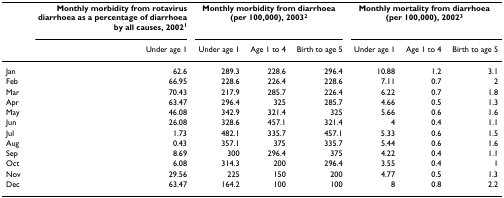
|  | Monthly morbidity from rotavirus diarrhoea as a percentage of diarrhoea by all causes, 20021 | <COLSPAN=3> Monthly morbidity from diarrhoea (per 100,000), 20032 | <COLSPAN=3> Monthly mortality from diarrhoea (per 100,000), 20023 |
 |  | Under age 1 | Under age 1 | Age 1 to 4 | Birth to age 5 | Under age 1 | Age 1 to 4 | Birth to age 5 |
 | --- | --- | --- | --- | --- | --- | --- | --- |
 | Jan | 62.6 | 289.3 | 228.6 | 296.4 | 10.88 | 1.2 | 3.1 |
 | Feb | 66.95 | 228.6 | 226.4 | 228.6 | 7.11 | 0.7 | 2 |
 | Mar | 70.43 | 217.9 | 285.7 | 226.4 | 6.22 | 0.7 | 1.8 |
 | Apr | 63.47 | 296.4 | 325 | 285.7 | 4.66 | 0.5 | 1.3 |
 | May | 46.08 | 342.9 | 321.4 | 325 | 5.66 | 0.6 | 1.6 |
 | Jun | 26.08 | 328.6 | 457.1 | 321.4 | 4 | 0.4 | 1.1 |
 | Jul | 1.73 | 482.1 | 335.7 | 457.1 | 5.33 | 0.6 | 1.5 |
 | Aug | 0.43 | 357.1 | 375 | 335.7 | 5.44 | 0.6 | 1.6 |
 | Sep | 8.69 | 300 | 296.4 | 375 | 4.22 | 0.4 | 1.1 |
 | Oct | 6.08 | 314.3 | 200 | 296.4 | 3.55 | 0.4 | 1 |
 | Nov | 29.56 | 225 | 150 | 200 | 4.77 | 0.5 | 1.3 |
 | Dec | 63.47 | 164.2 | 100 | 100 | 8 | 0.8 | 2.2 |